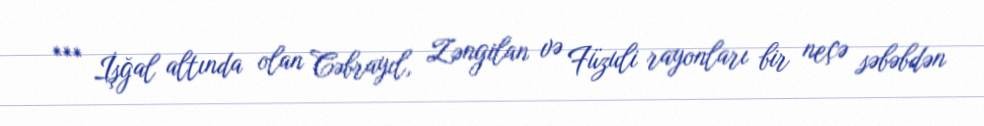
*** İşğal altında olan Cəbrayıl, Zəngilan və Füzuli rayonları bir neçə səbəbdən